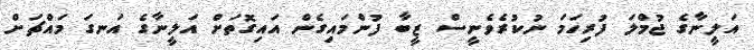
އަލީނާގެ ޖުމްލަ ފުރިހަމަ ނުކުރެވެނީސް ޒީބާ ފުންމައިގެން އައިގޮތަށް އަލީނާގެ އަނގަ މައްޗަށް